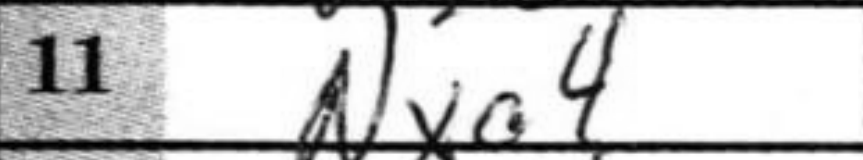
Transcription: Nxa4